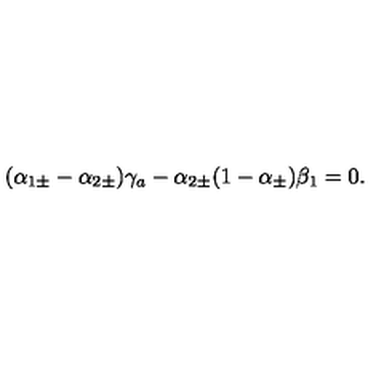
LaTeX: ( \alpha _ { 1 \pm } - \alpha _ { 2 \pm } ) \gamma _ { a } - \alpha _ { 2 \pm } ( 1 - \alpha _ { \pm } ) \beta _ { 1 } = 0 .